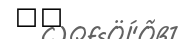
٤٤